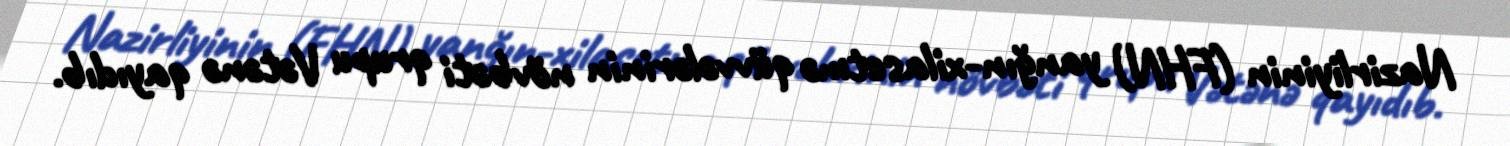
Nazirliyinin (FHN) yanğın-xilasetmə qüvvələrinin növbəti qrupu Vətənə qayıdıb.